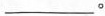
___°